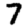
Digit: 7